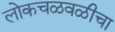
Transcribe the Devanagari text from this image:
लोकचळवळीचा